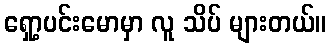
ရှော့ပင်းမောမှာ လူ သိပ် များတယ်။